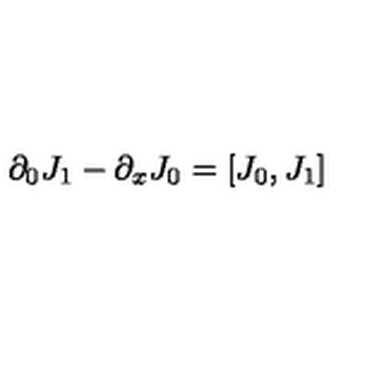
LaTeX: \partial _ { 0 } J _ { 1 } - \partial _ { x } J _ { 0 } = [ J _ { 0 } , J _ { 1 } ]